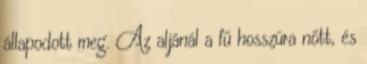
állapodott meg. Az aljánál a fű hosszúra nőtt, és